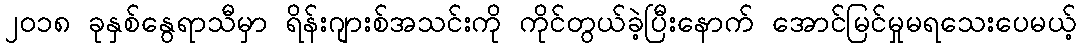
၂၀၁၈ ခုနှစ်နွေရာသီမှာ ရိန်းဂျားစ်အသင်းကို ကိုင်တွယ်ခဲ့ပြီးနောက် အောင်မြင်မှုမရသေးပေမယ့်